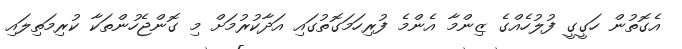
އެގޮތުން ހަގީގީ ފުލުހެއްގެ ޒިންމާ އެންމެ ފުރިހަމަގޮތުގައި އަދާކުރުމަށް މި ގޮންޖެހުންތަކާ ކުރިމަތިލައި